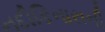
નદીકિનારાની